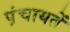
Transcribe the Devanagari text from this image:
प़ंचायतें